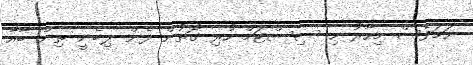
ނަމަވެސް މިހާރު މި ސިސްޓަމް ހުރި ގޮތުން ފެން ލިބެނީ ތިން ބާއާ